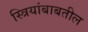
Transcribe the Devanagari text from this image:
स्त्रियांबाबतील